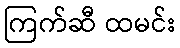
ကြက်ဆီ ထမင်း